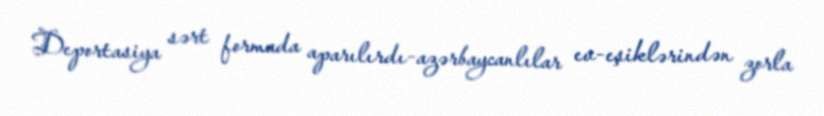
Deportasiya sərt formada aparılırdı-azərbaycanlılar ev-eşiklərindən zorla